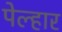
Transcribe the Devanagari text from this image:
पेल्हार